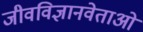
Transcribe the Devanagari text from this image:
जीवविज्ञानवेताओं